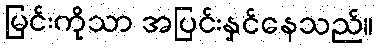
မြင်းကိုသာ အပြင်းနှင်နေသည်။